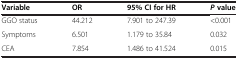
| Variable | OR | 95% CI for HR | P value |
 | --- | --- | --- | --- |
 | GGO status | 44.212 | 7.901 to 247.39 | <0.001 |
 | Symptoms | 6.501 | 1.179 to 35.84 | 0.032 |
 | CEA | 7.854 | 1.486 to 41.524 | 0.015 |